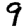
Digit: 9